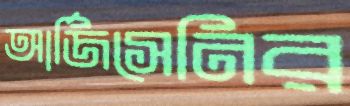
আর্জিসেনির